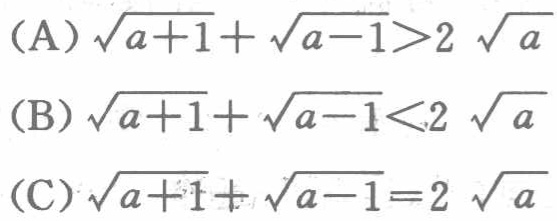
(A) \(\sqrt{a + 1}+\sqrt{a - 1}>2\sqrt{a}\)
(B) \(\sqrt{a + 1}+\sqrt{a - 1}<2\sqrt{a}\)
(C) \(\sqrt{a + 1}+\sqrt{a - 1}=2\sqrt{a}\)